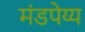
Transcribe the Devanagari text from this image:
मंडपेय्य